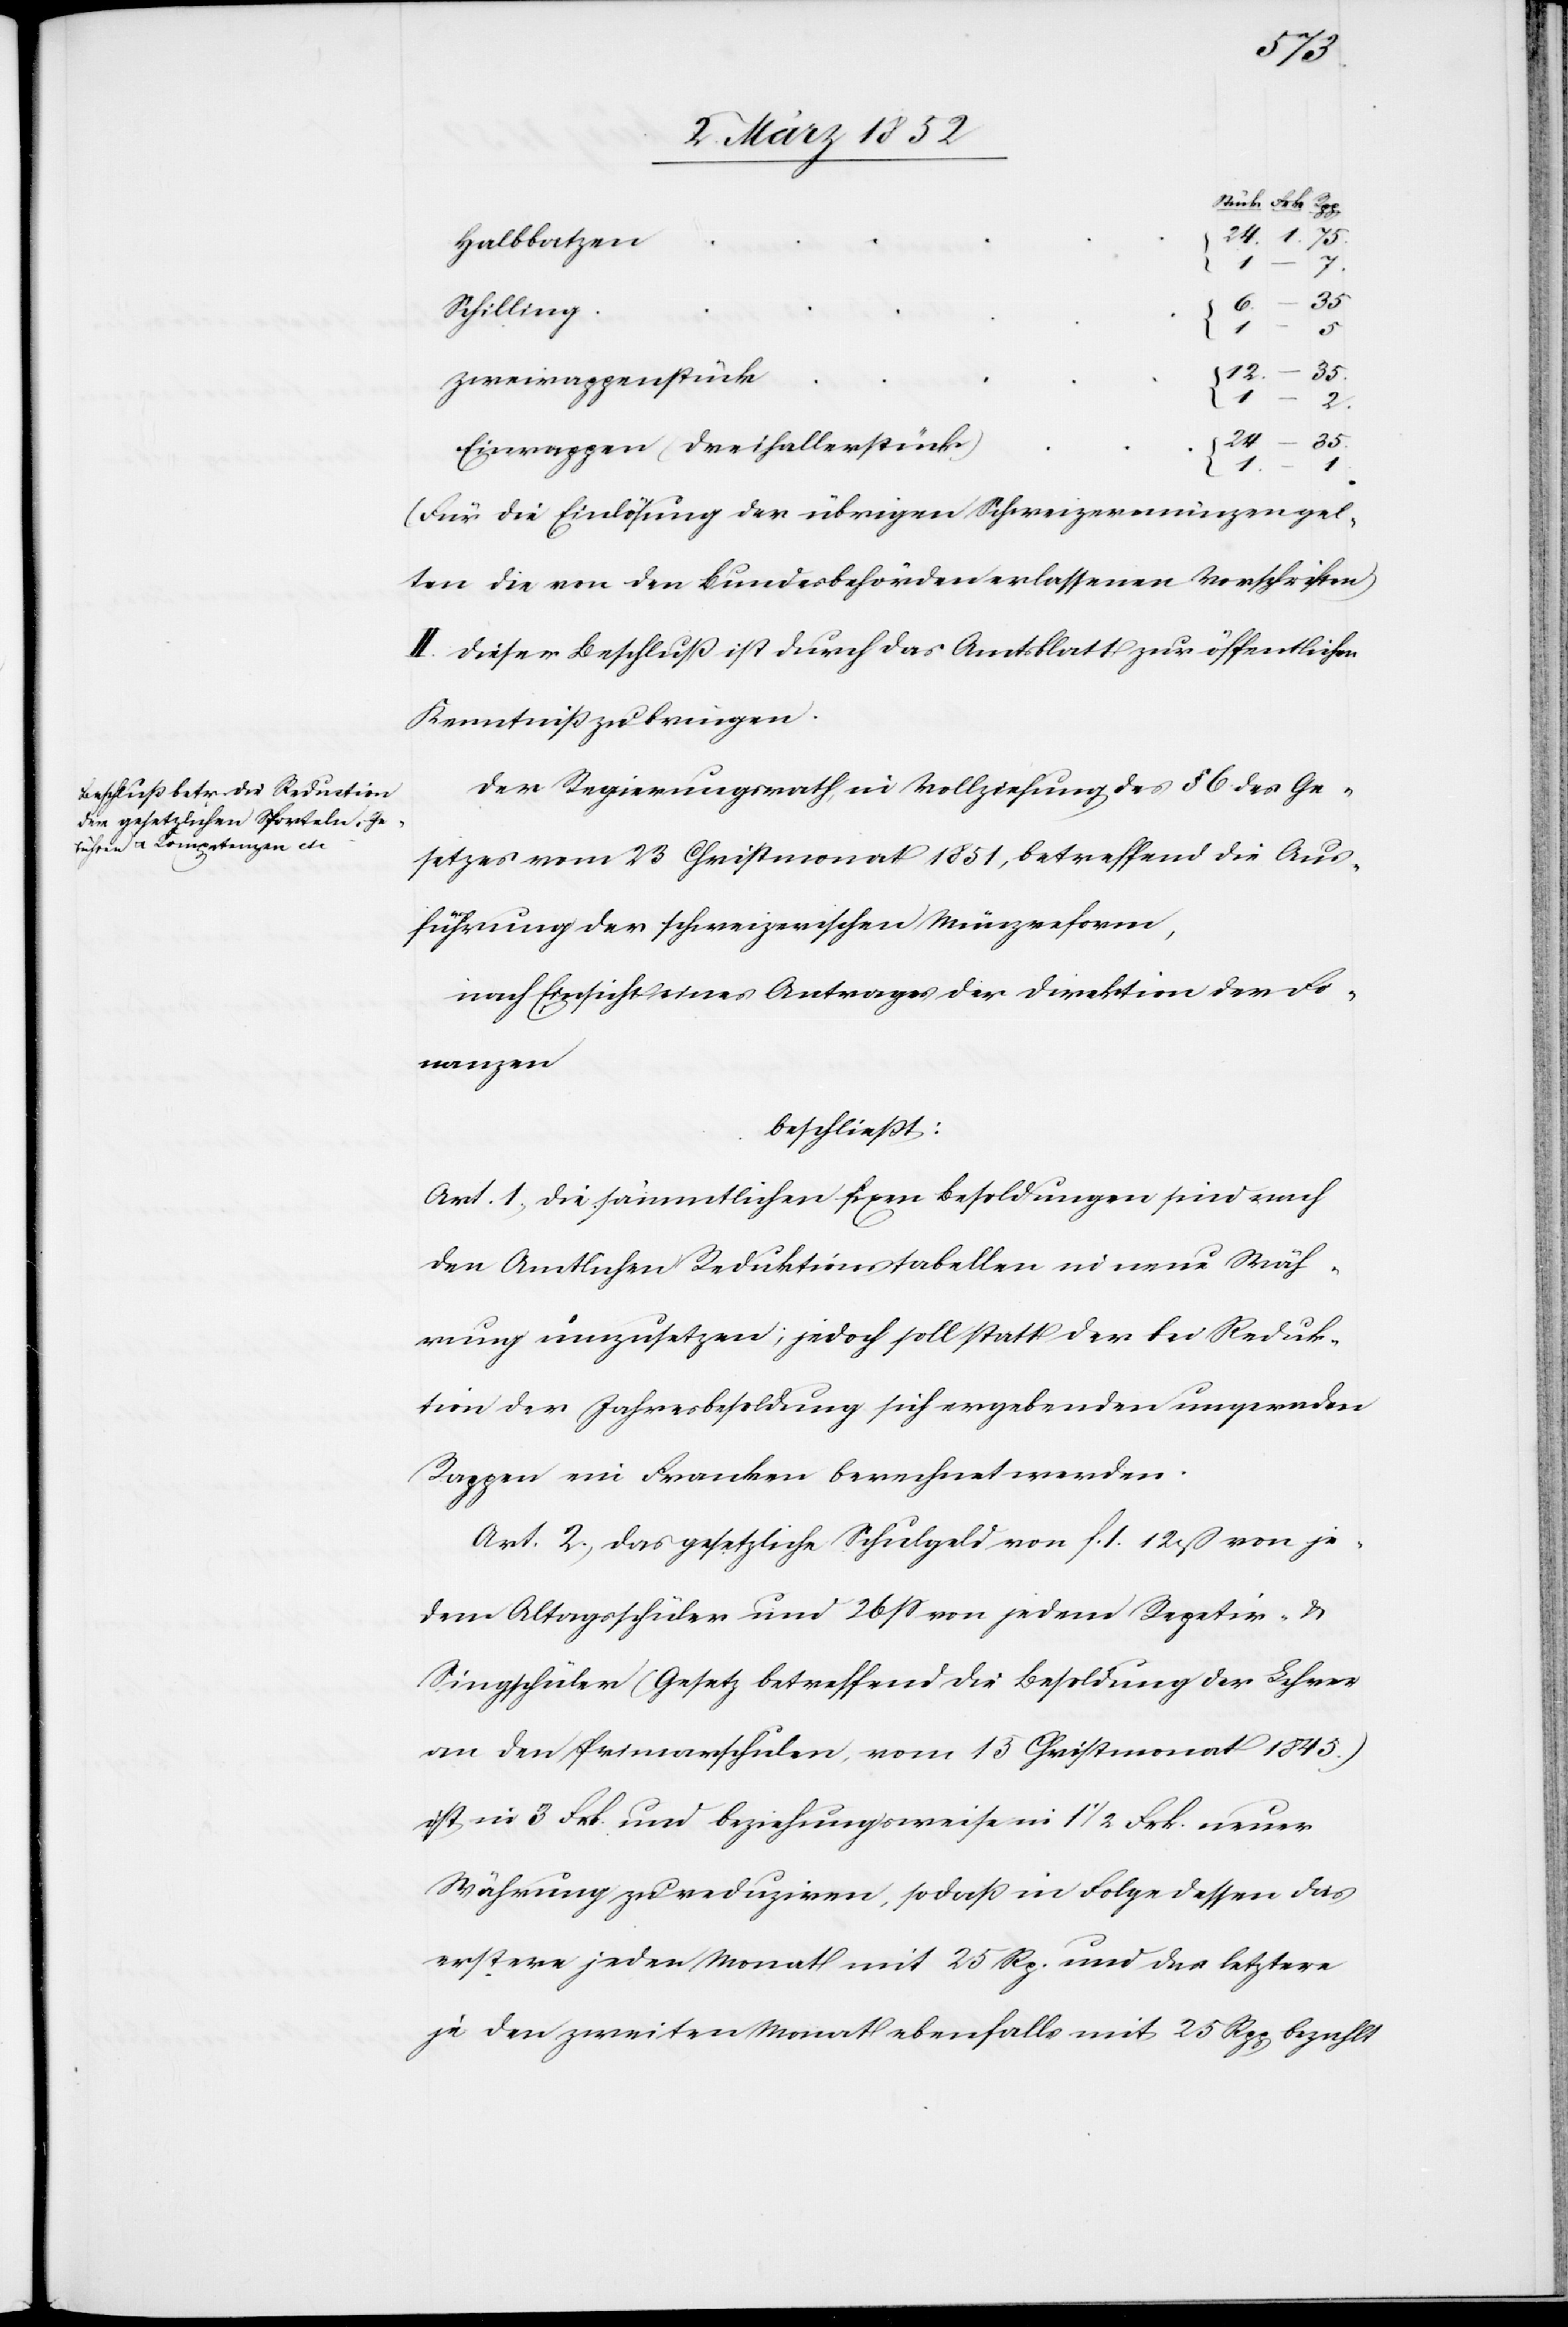
Halbbatzen
1
Schilling
–
5
Zweirappenstück
35
24
Einrappen (Dreihellerstück)
{
(Für die Einlösung der übrigen Schweizermünzen gel¬
ten die von den Bundesbehörden erlassenen Vorschriften)
II. Dieser Beschluß ist durch das Amtsblatt zur öffentlichen
Kenntniß zu bringen.
Der Regierungsrath, in Vollziehung des § 6 des Ge¬
setzes vom 23 Christmonat 1851, betreffend die Aus¬
führung der schweizerischen Münzreform,
nach Einsicht eines Antrages der Direktion der Fi¬
nanzen
beschließt:
Art. 1.) Die sämmtlichen fixen Besoldungen sind nach
den amtlichen Reduktionstabellen in neue Wäh¬
rung umzusetzen; jedoch soll statt der bei Reduk¬
tion der Jahresbesoldung sich ergebenden ungeraden
Rappen in Franken berechnet werden.
Art. 2.) Das gesetzliche Schulgeld von f. 1 12 ß von je¬
dem Altagsschüler und 26 ß von jedem Repetir- u.
Singschüler (Gesetz betreffend die Besoldung der Lehrer
an den Primarschulen, vom 13 Christmonat 1845.)
ist in 3 Frk. und beziehungsweise in 1 1/2 Frk. neuer
Währung zu reduziren, so daß in Folge dessen das
erstere jeden Monat mit 25 Rp. und das letztere
jeden zweiten Monat ebenfalls mit 25 Rpp bezahlt